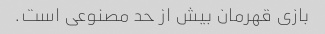
بازی قهرمان بیش از حد مصنوعی است.